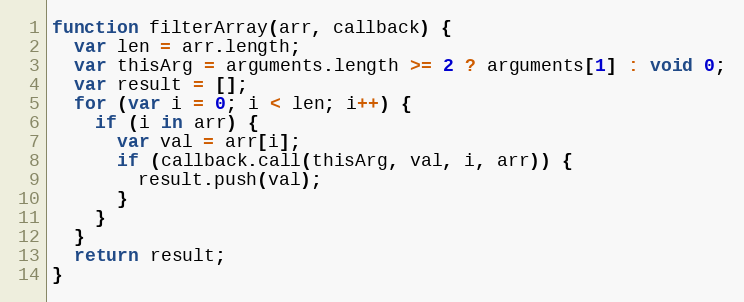
Language: JavaScript
function filterArray(arr, callback) {
  var len = arr.length;
  var thisArg = arguments.length >= 2 ? arguments[1] : void 0;
  var result = [];
  for (var i = 0; i < len; i++) {
    if (i in arr) {
      var val = arr[i];
      if (callback.call(thisArg, val, i, arr)) {
        result.push(val);
      }
    }
  }
  return result;
}